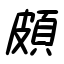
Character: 頗